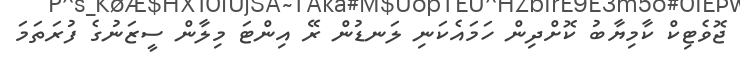
ޖޮވެޓިކް ކާމިޔާބު ކޮށްދިން ހަމައެކަނި ލަނޑުން ރޭ އިންޓަ މިލާން ސީޒަނުގެ ފުރަތަމަ